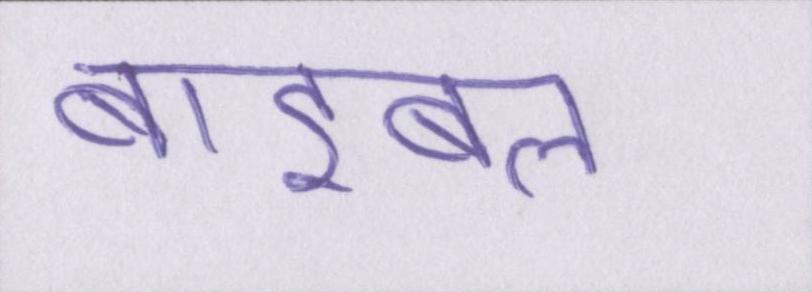
बाइबल